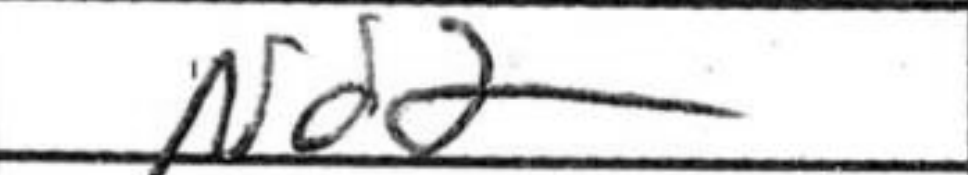
Transcription: Nd2